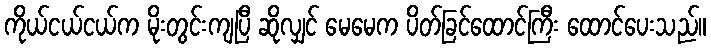
ကိုယ်ငယ်ငယ်က မိုးတွင်းကျပြီ ဆိုလျှင် မေမေက ပိတ်ခြင်ထောင်ကြီး ထောင်ပေးသည်။